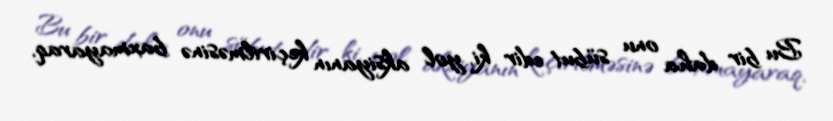
Bu bir daha onu sübut edir ki, yol aksiyanın keçirilməsinə baxmayaraq,